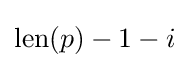
\operatorname {len} (p)-1-i